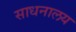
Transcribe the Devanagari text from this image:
साधनालय